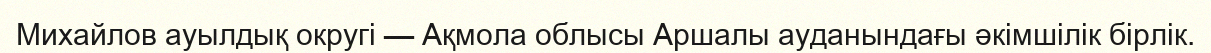
Михайлов ауылдық округі — Ақмола облысы Аршалы ауданындағы әкімшілік бірлік.